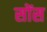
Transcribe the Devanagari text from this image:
सोंस